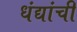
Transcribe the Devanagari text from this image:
धंद्यांची